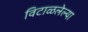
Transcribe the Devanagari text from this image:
विटाळलेल्या